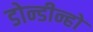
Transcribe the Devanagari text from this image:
डोन्डीन्हो